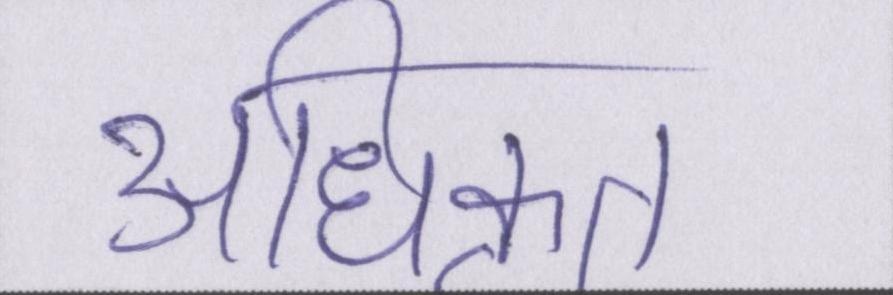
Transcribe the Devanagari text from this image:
अधिकृत